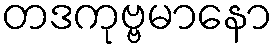
တဒကုဗ္ဗမာနော